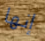
إنها